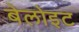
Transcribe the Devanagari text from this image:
बेलोइट